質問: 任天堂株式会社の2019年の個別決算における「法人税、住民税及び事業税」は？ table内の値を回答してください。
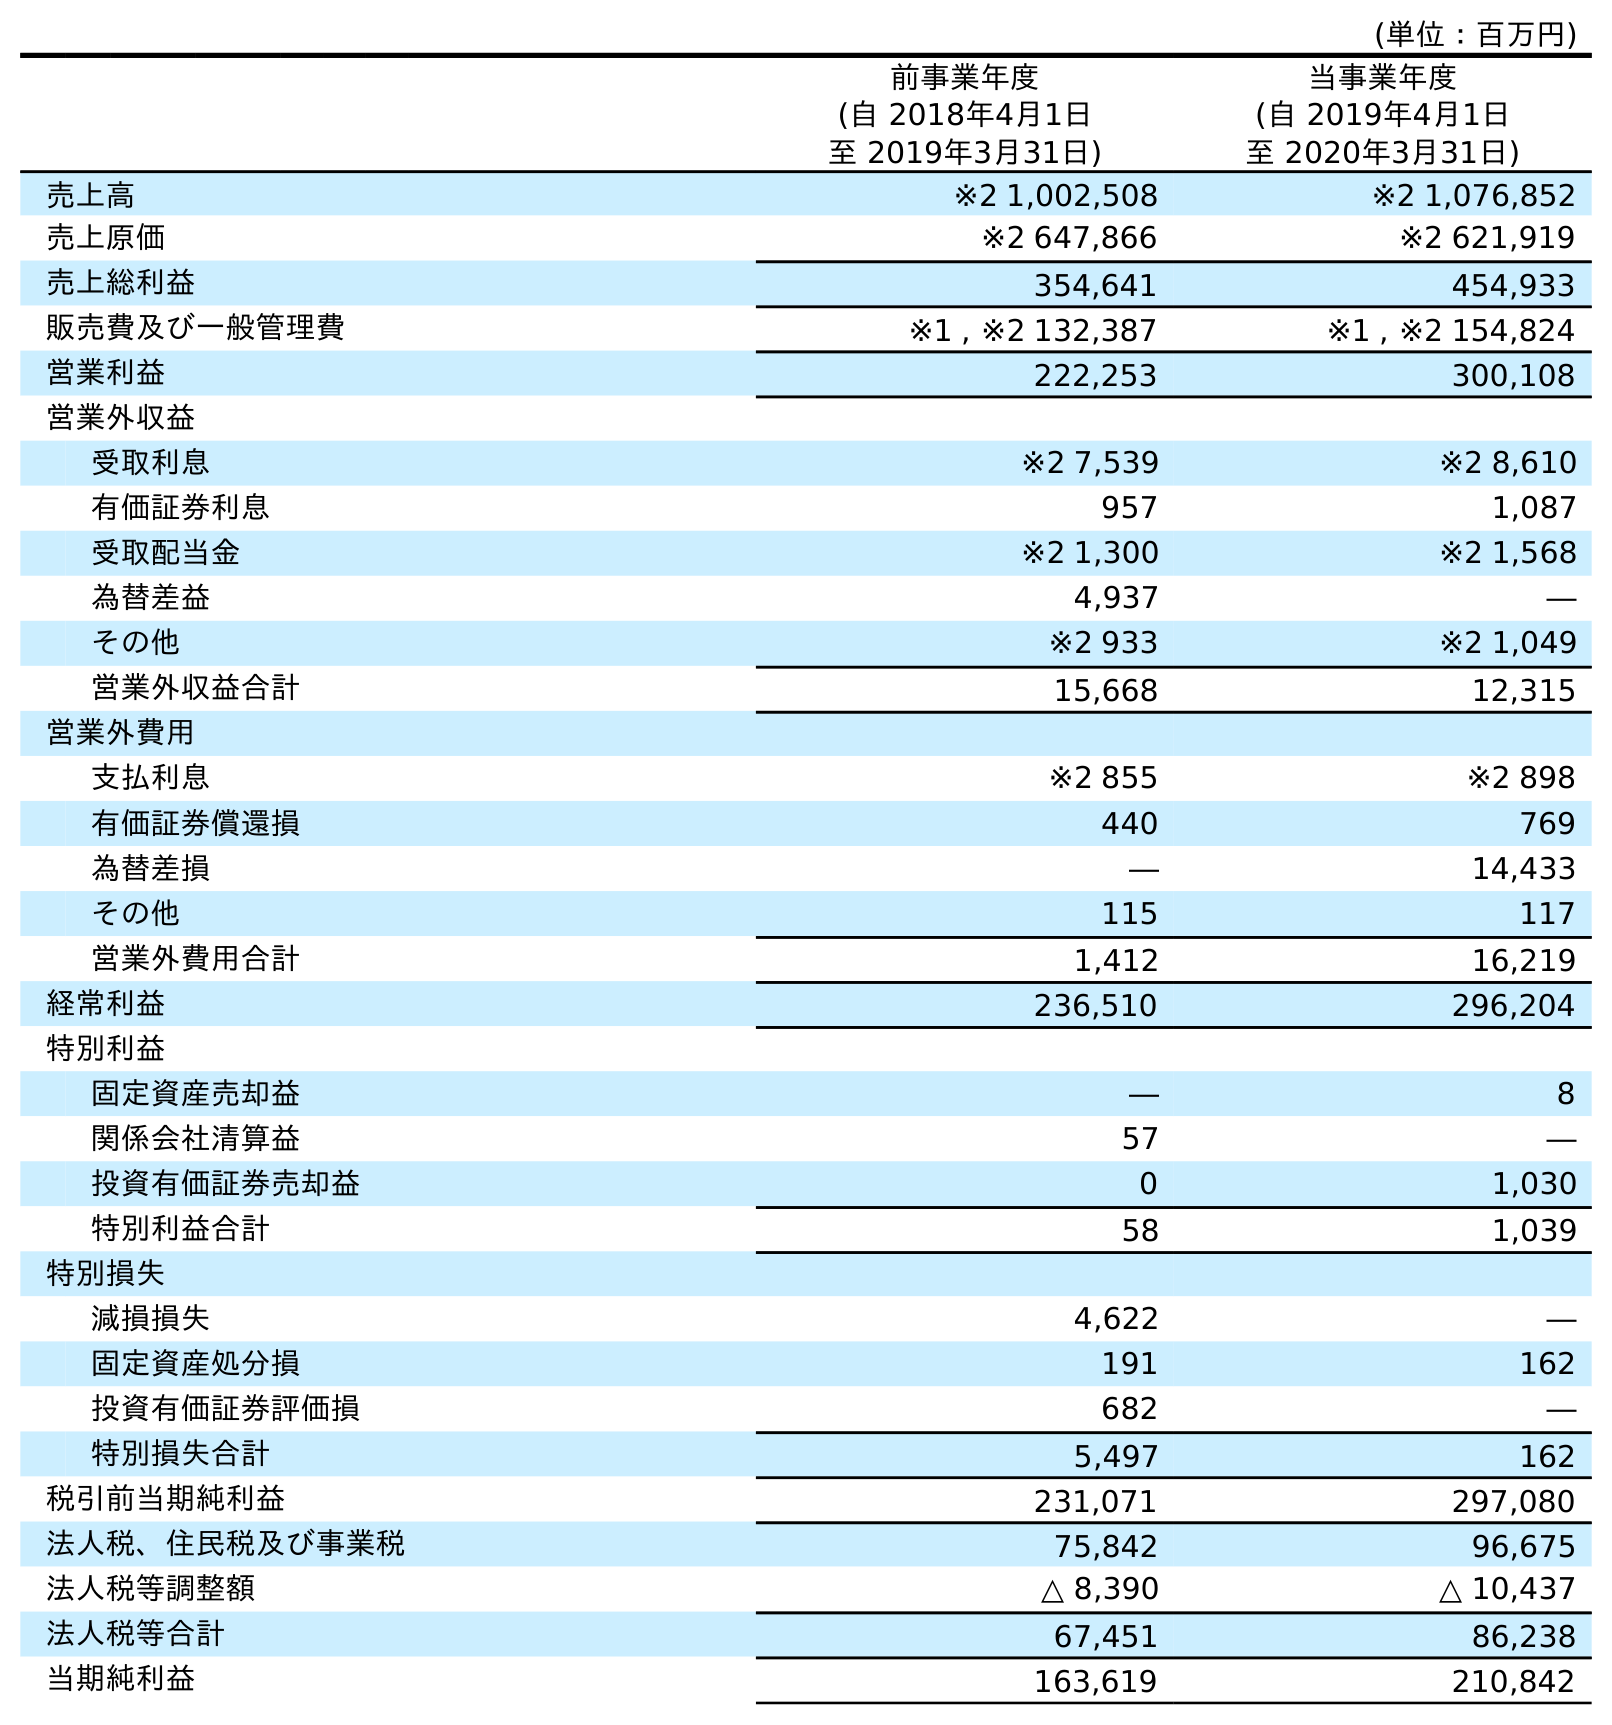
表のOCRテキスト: (単位：百万円) 前事業年度 (自 2018年4月1日 至 2019年3月31日) 当事業年度 (自 2019年4月1日 至 2020年3月31日) 売上高 ※2 1,002,508 ※2 1,076,852 売上原価 ※2 647,866 ※2 621,919 売上総利益 354,641 454,933 販売費及び一般管理費 ※1 , ※2 132,387 ※1 , ※2 154,824 営業利益 222,253 300,108 営業外収益 受取利息 ※2 7,539 ※2 8,610 有価証券利息 957 1,087 受取配当金 ※2 1,300 ※2 1,568 為替差益 4,937 ― その他 ※2 933 ※2 1,049 営業外収益合計 15,668 12,315 営業外費用 支払利息 ※2 855 ※2 898 有価証券償還損 440 769 為替差損 ― 14,433 その他 115 117 営業外費用合計 1,412 16,219 経常利益 236,510 296,204 特別利益 固定資産売却益 ― 8 関係会社清算益 57 ― 投資有価証券売却益 0 1,030 特別利益合計 58 1,039 特別損失 減損損失 4,622 ― 固定資産処分損 191 162 投資有価証券評価損 682 ― 特別損失合計 5,497 162 税引前当期純利益 231,071 297,080 法人税、住民税及び事業税 75,842 96,675 法人税等調整額 △ 8,390 △ 10,437 法人税等合計 67,451 86,238 当期純利益 163,619 210,842
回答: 75,842